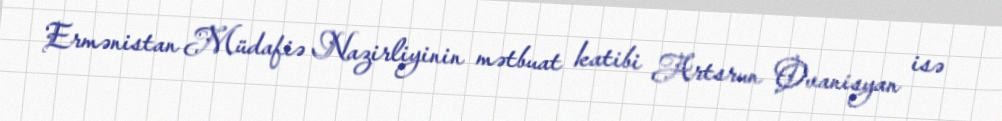
Ermənistan Müdafiə Nazirliyinin mətbuat katibi Artsrun Ovanisyan isə